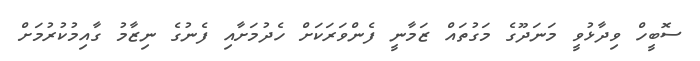
ސޮބީހް ވިދާޅުވީ މަނަދޫގެ މަގުތައް ޒަމާނީ ފެންވަރަކަށް ހެދުމަށާއި ފެނުގެ ނިޒާމު ގާއިމުކުރުމަށް